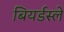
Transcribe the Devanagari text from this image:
बियर्डस्ले